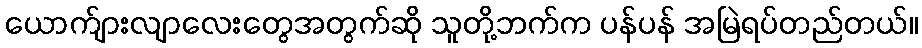
ယောက်ျားလျာလေးတွေအတွက်ဆို သူတို့ဘက်က ပန်ပန် အမြဲရပ်တည်တယ်။